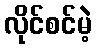
လိုင်စင်မဲ့